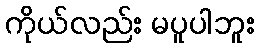
ကိုယ်လည်း မပူပါဘူး